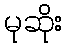
မုဆိုး